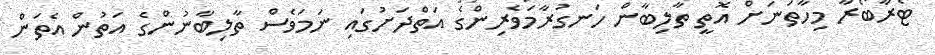
ޓޯރާބޯރާ މިހާތަނަށް އޮތީ ތާލިބާން ހަނގުރާމަވެރިންގެ އަތްދަށުގައި ނަމަވެސް ތާލިބާނުންގެ އަތުން އެތަން